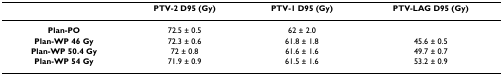
|  | PTV-2 D95 (Gy) | PTV-1 D95 (Gy) | PTV-LAG D95 (Gy) |
 | --- | --- | --- | --- |
 | Plan-PO | 72.5 ± 0.5 | 62 ± 2.0 |  |
 | Plan-WP 46 Gy | 72.3 ± 0.6 | 61.8 ± 1.8 | 45.6 ± 0.5 |
 | Plan-WP 50.4 Gy | 72 ± 0.8 | 61.6 ± 1.6 | 49.7 ± 0.7 |
 | Plan-WP 54 Gy | 71.9 ± 0.9 | 61.5 ± 1.6 | 53.2 ± 0.9 |